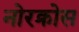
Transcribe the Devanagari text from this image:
नोरक्रोस